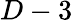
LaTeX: D-3